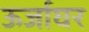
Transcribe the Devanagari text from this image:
ऊर्जाघर